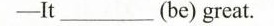
___It___(be)great.